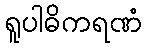
ရူပါဓိကရဏံ